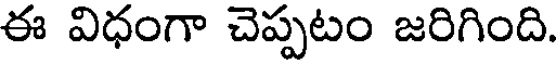
ఈ విధంగా చెప్పటం జరిగింది.